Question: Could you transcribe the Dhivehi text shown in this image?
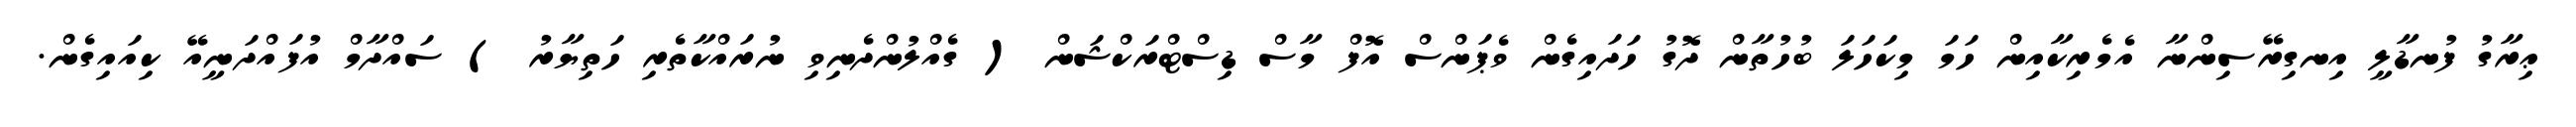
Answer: ޢިރާގު ފުނޑާލީ އިނގިރޭސިންނާ އެމެރިކާއިން ހަމަ މިކަހަލަ ބުހުތާން ދޮގު ހަދައިގެން ވެޕަންސް އޮފް މާސް ޑިސްޓްރަކްޝަން ( ގެއްލުންދެނިވި ނުރައްކާތެރި ހަތިޔާރު ) ސައްދާމް އުފައްދަނީއޭ ކިއައިގެން.